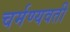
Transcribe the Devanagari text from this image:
चर्मण्यवती